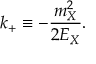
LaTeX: k _ { + } \equiv - \frac { m _ { X } ^ { 2 } } { 2 E _ { X } } .